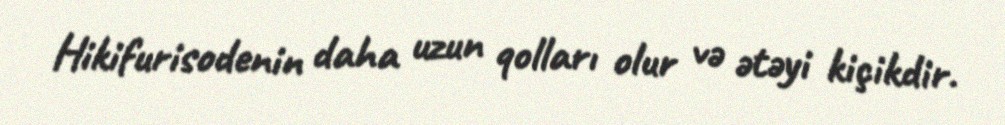
Hikifurisodenin daha uzun qolları olur və ətəyi kiçikdir.